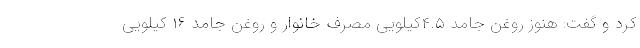
کرد و گفت: هنوز روغن جامد ۴.۵کیلویی مصرف خانوار و روغن جامد ۱۶ کیلویی